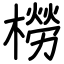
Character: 橯